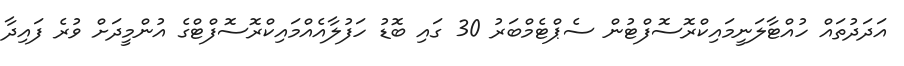
އަދަދުތައް ހުއްޓާލަނީމައިކްރޮސޮފްޓުން ސެޕްޓެމްބަރު 30 ގައި ބޮޑު ހަފުލާއެއްމައިކްރޮސޮފްޓްގެ އުންމީދަށް ވުރެ ފައިދާ